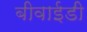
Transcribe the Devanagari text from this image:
बीवाईडी